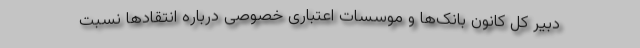
دبیر کل کانون بانک‌ها و موسسات اعتباری خصوصی درباره انتقادها نسبت